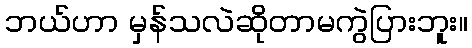
ဘယ်ဟာ မှန်သလဲဆိုတာမကွဲပြားဘူး။